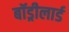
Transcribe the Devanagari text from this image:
बॉड्रीलार्ड